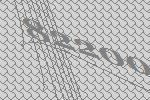
82200